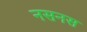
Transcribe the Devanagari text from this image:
नसनस